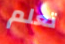
تعلم